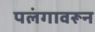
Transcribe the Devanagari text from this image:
पलंगावरून